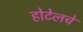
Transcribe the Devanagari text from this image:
होटेलचे